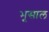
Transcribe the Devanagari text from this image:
भूसाल